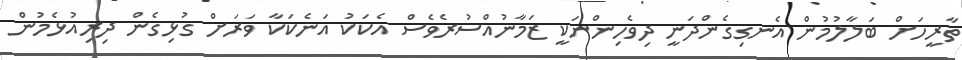
ތާރީހަށް ބަލާލުމުން އެނގިގެންދަނީ ދިވެހިންނަކީ ޒަމާނުއްސުރެވެސް އެކަކު އަނެކަކާ ވަރަށް ގުޅިގެން ދިރިއުޅެމުން